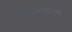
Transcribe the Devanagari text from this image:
कच्छ्मधील